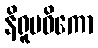
နိရူပဓိကော